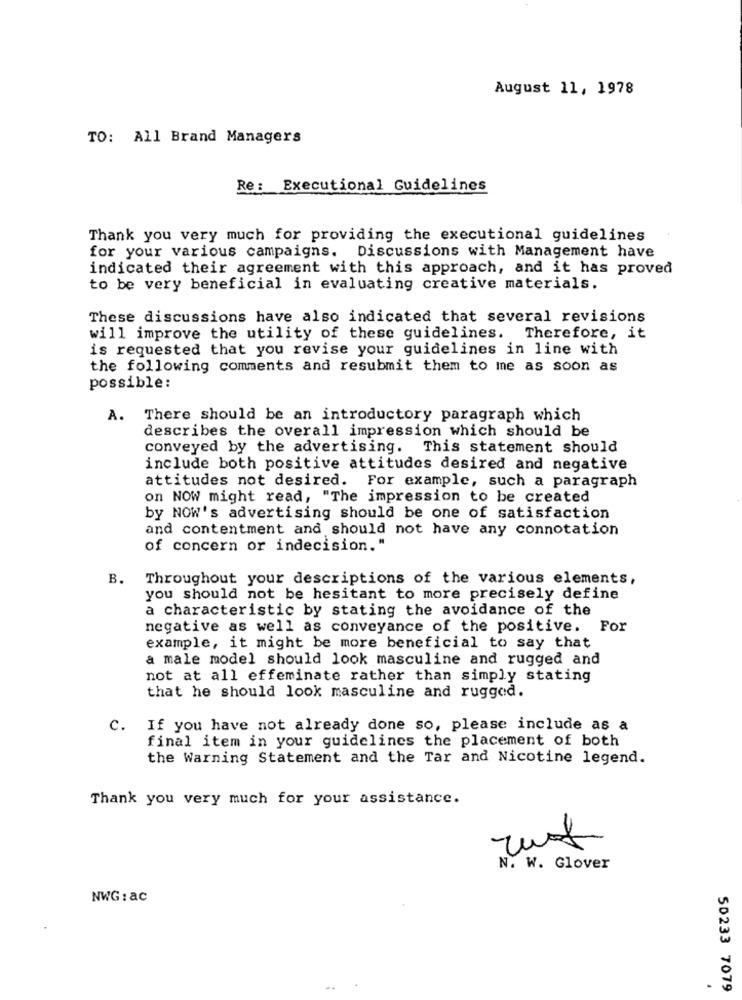
August 11, 1978
TO: All Brand Managers
Re : Executional Guidelines
Thank you very much for providing the executional guidelines
for your various campaigns. Discussions with Management have
indicated their agreement with this approach, and it has proved
to be very beneficial in evaluating creative materials.
These discussions have also indicated that several revisions
will improve the utility of these guidelines. Therefore, it
is requested that you revise your guidelines in line with
the following comments and resubmit them to me as soon as
possible:
A. There should be an introductory paragraph which
describes the overall impression which should be
conveyed by the advertising. This statement should
include both positive attitudes desired and negative
attitudes not desired. For example, such a paragraph
on NOW might read, "The impression to be created
by NOW's advertising should be one of satisfaction
and contentment and should not have any connotation
of concern or indecision."
B. Throughout your descriptions of the various elements,
you should not be hesitant to more precisely define
a characteristic by stating the avoidance of the
negative as well as conveyance of the positive. For
example, it might be more beneficial to say that
a male model should look masculine and rugged and
not at all effeminate rather than simply stating
that he should look masculine and rugged.
c.
If you have not already done so, please include as a
final item in your guidelines the placement of both
the Warning Statement and the Tar and Nicotine legend.
Thank you very much for your assistance.
N. W. Glover
NWG : ac
50233 7079